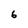
Character: 6